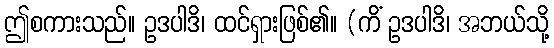
ဤစကားသည်။ ဥဒပါဒိ၊ ထင်ရှားဖြစ်၏။ (ကိံ ဥဒပါဒိ၊ အဘယ်သို့